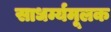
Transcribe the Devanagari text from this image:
साधर्म्यमूलक